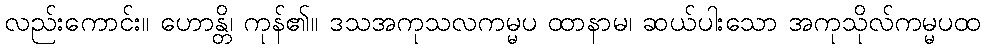
လည်းကောင်း။ ဟောန္တိ၊ ကုန်၏။ ဒသအကုသလကမ္မပ ထာနာမ၊ ဆယ်ပါးသော အကုသိုလ်ကမ္မပထ